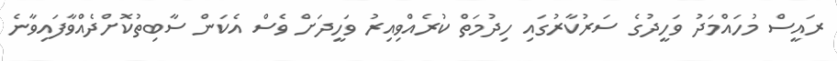
ރައީސް މުހައްމަދު ވަހީދުގެ ސަރުކާރުގައި ހިދުމަތް ކުރެއްވިއިރު ވަހީދަށް ވެސް އެކަން ސާބިތުކޮށްދެއްވާފައިވާނެ